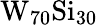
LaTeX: \textrm{W}_{70}\textrm{Si}_{30}